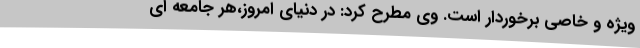
ویژه و خاصی برخوردار است. وی مطرح کرد: در دنیای امروز،هر جامعه ای